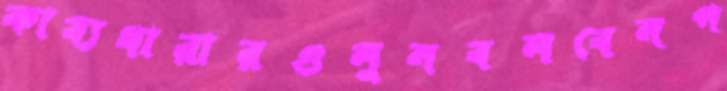
কাব্যধারারগুলুনবলবেনপ